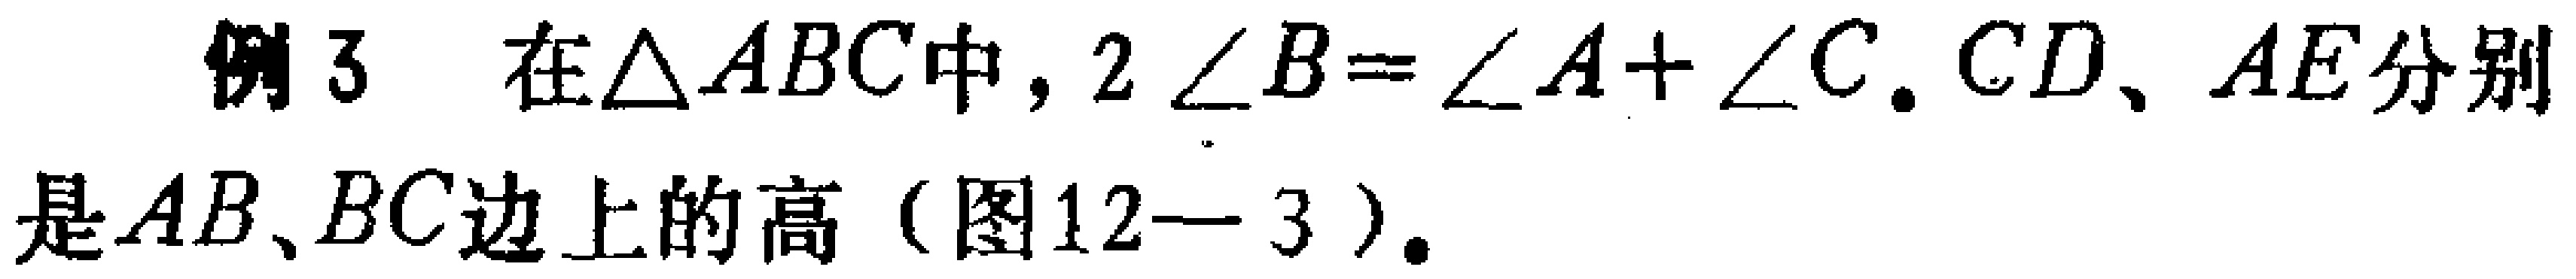
例3 在$\triangle ABC$中，$2\angle B = \angle A+\angle C$. $CD、AE$分别是$AB、BC$边上的高（图12—3）.